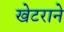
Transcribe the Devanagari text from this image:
खेटराने